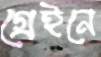
গ্রেইনে